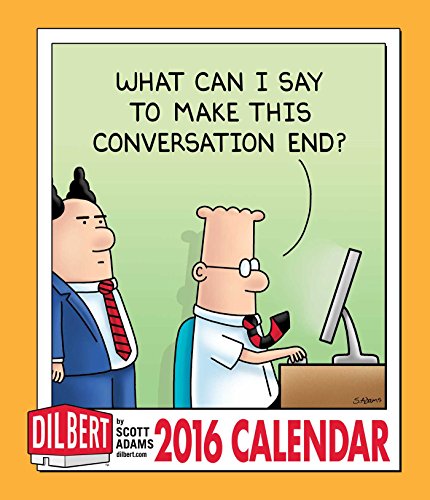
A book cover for Dilbert 2016 Weekly Planner Calendar; Scott Adams; Calendars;